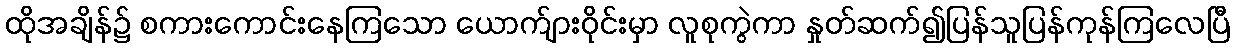
ထိုအချိန်၌ စကားကောင်းနေကြသော ယောက်ျားဝိုင်းမှာ လူစုကွဲကာ နှုတ်ဆက်၍ပြန်သူပြန်ကုန်ကြလေပြီ